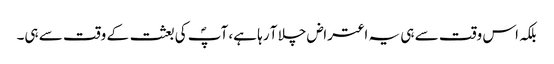
بلکہ اس وقت سے ہی یہ اعتراض چلا آ رہا ہے، آپؐ کی بعثت کے وقت سے ہی۔